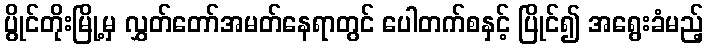
ပွိုင်တိုးမြို့မှ လွှတ်တော်အမတ်နေရာတွင် ပေါတက်စနှင့် ပြိုင်၍ အရွေးခံမည့်